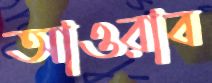
আওরাব